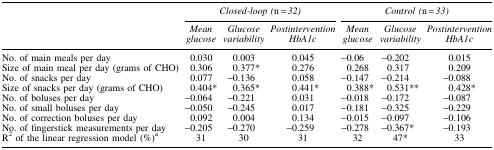
<table><thead><tr><td><b> </b></td><td colspan="3"><b><i>Closed-loop (</i>n<i> = 32)</i></b></td><td colspan="3"><b><i>Control (</i>n<i> = 33)</i></b></td></tr><tr><td><b> </b></td><td><b><i>Mean glucose</i></b></td><td><b><i>Glucose variability</i></b></td><td><b><i>Postintervention HbA1c</i></b></td><td><b><i>Mean glucose</i></b></td><td><b><i>Glucose variability</i></b></td><td><b><i>Postintervention HbA1c</i></b></td></tr></thead><tbody><tr><td>No. of main meals per day</td><td>0.030</td><td>0.003</td><td>0.045</td><td>−0.06</td><td>−0.202</td><td>0.015</td></tr><tr><td>Size of main meal per day (grams of CHO)</td><td>0.306</td><td>0.377<sup>*</sup></td><td>0.276</td><td>0.268</td><td>0.317</td><td>0.209</td></tr><tr><td>No. of snacks per day</td><td>0.077</td><td>−0.136</td><td>0.058</td><td>−0.147</td><td>−0.214</td><td>−0.088</td></tr><tr><td>Size of snacks per day (grams of CHO)</td><td>0.404<sup>*</sup></td><td>0.365<sup>*</sup></td><td>0.441<sup>*</sup></td><td>0.388<sup>*</sup></td><td>0.531<sup>**</sup></td><td>0.428<sup>*</sup></td></tr><tr><td>No. of boluses per day</td><td>−0.064</td><td>−0.221</td><td>0.031</td><td>−0.018</td><td>−0.172</td><td>−0.087</td></tr><tr><td>No. of small boluses per day</td><td>−0.050</td><td>−0.245</td><td>0.017</td><td>−0.181</td><td>−0.325</td><td>−0.229</td></tr><tr><td>No. of correction boluses per day</td><td>0.092</td><td>0.004</td><td>0.134</td><td>−0.015</td><td>−0.097</td><td>−0.106</td></tr><tr><td>No. of fingerstick measurements per day</td><td>−0.205</td><td>−0.270</td><td>−0.259</td><td>−0.278</td><td>−0.367<sup>*</sup></td><td>−0.193</td></tr><tr><td>R<sup>2</sup> of the linear regression model (%)<sup>a</sup></td><td>31</td><td>30</td><td>31</td><td>32</td><td>47<sup>*</sup></td><td>33</td></tr></tbody></table>